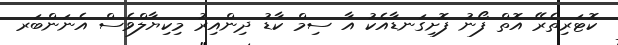
ކޮޓަރިތެރޭ އޮތް ފޯނު ފޮށިގަނޑާއެކު އާ ސިމް ކާޑު ދިންއިރު މިކިޔާލްވެސް އެނަންބަރ